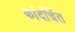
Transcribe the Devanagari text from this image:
कांदाँर्चेत